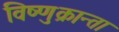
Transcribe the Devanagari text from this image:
विष्णुक्रान्ता